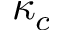
\kappa _ { c }